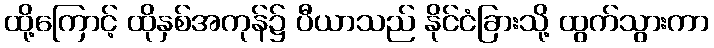
ထို့ကြောင့် ထိုနှစ်အကုန်၌ ပီယာသည် နိုင်ငံခြားသို့ ထွက်သွားကာ